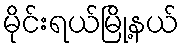
မိုင်းရယ်မြို့နယ်